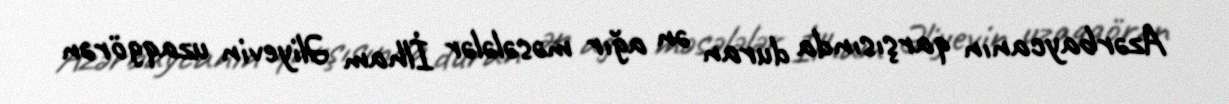
Azərbaycanın qarşısında duran ən ağır məsələlər İlham Əliyevin uzaqgörən